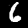
Digit: 6